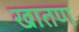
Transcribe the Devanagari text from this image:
खातण